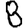
Digit: 8